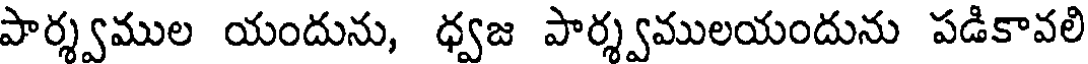
పార్శ్వముల యందును, ధ్వజ పార్శ్వములయందును పడికావలి